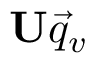
\mathbf { U } { \vec { q } } _ { v }